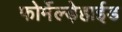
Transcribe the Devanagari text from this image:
फोर्मेल्ड़ेहाईड